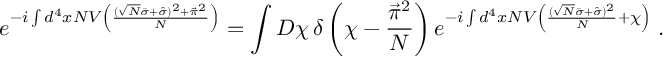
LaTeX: e ^ { - i \int d ^ { 4 } x N V \left( \frac { ( \sqrt { N } \bar { \sigma } + \hat { \sigma } ) ^ { 2 } + \vec { \pi } ^ { 2 } } { N } \right) } = \int { \cal D } \chi \, \delta \left( \chi - \frac { \vec { \pi } ^ { 2 } } { N } \right) e ^ { - i \int d ^ { 4 } x N V \left( \frac { ( \sqrt { N } \bar { \sigma } + \hat { \sigma } ) ^ { 2 } } { N } + \chi \right) } \; .